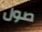
صول